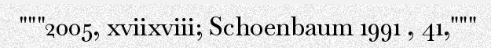
"""2005, xviixviii; Schoenbaum 1991 , 41,"""